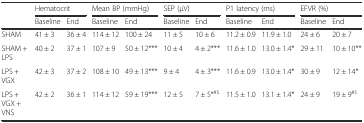
|  | <COLSPAN=2> Hematocrit | <COLSPAN=2> Mean BP (mmHg) | <COLSPAN=2> SEP (μV) | <COLSPAN=2> P1 latency (ms) | <COLSPAN=2> EFVR (%) |
 |  | Baseline | End | Baseline | End | Baseline | End | Baseline | End | Baseline | End |
 | --- | --- | --- | --- | --- | --- | --- | --- | --- | --- | --- |
 | SHAM | 41 ± 3 | 36 ± 4 | 114 ± 12 | 100 ± 24 | 11 ± 5 | 10 ± 6 | 11.2 ± 0.9 | 11.9 ± 1.0 | 24 ± 6 | 20 ± 7 |
 | SHAM + LPS | 40 ± 2 | 37 ± 1 | 107 ± 9 | 50 ± 12*** | 10 ± 4 | 4 ± 2*** | 11.6 ± 1.0 | 13.0 ± 1.4* | 29 ± 11 | 10 ± 10** |
 | LPS + VGX | 42 ± 3 | 37 ± 2 | 108 ± 10 | 49 ± 13*** | 9 ± 4 | 4 ± 3*** | 11.6 ± 0.9 | 13.0 ± 1.4* | 30 ± 9 | 12 ± 14* |
 | LPS + VGX + VNS | 42 ± 2 | 36 ± 1 | 114 ± 12 | 59 ± 19*** | 12 ± 5 | 7 ± 5*#$ | 11.5 ± 1.0 | 13.1 ± 1.4* | 24 ± 9 | 19 ± 9#$ |